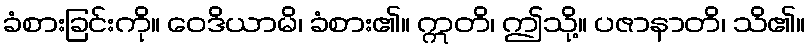
ခံစားခြင်းကို။ ဝေဒိယာမိ၊ ခံစား၏။ ဣတိ၊ ဤသို့။ ပဇာနာတိ၊ သိ၏။